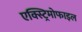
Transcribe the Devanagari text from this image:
एक्स्ट्रिमोफाइल